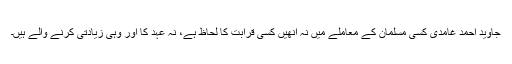
جاوید احمد غامدی کسی مسلمان کے معاملے میں نہ اُنھیں کسی قرابت کا لحاظ ہے، نہ عہد کا اور وہی زیادتی کرنے والے ہیں۔